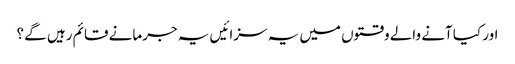
اور کیا آنے والے وقتوں میں یہ سزائیں یہ جرمانے قائم رہیں گے ؟